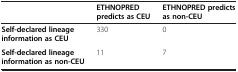
<table><thead><tr><td><b> </b></td><td><b>ETHNOPRED predicts as CEU</b></td><td><b>ETHNOPRED predicts as non-CEU</b></td></tr></thead><tbody><tr><td><b>Self-declared lineage information as CEU</b></td><td>330</td><td>0</td></tr><tr><td><b>Self-declared lineage information as non-CEU</b></td><td>11</td><td>7</td></tr></tbody></table>